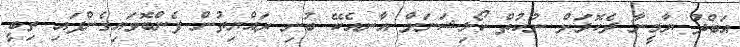
އަބްދު ޔާމީނާ ދެކޮޅަށް ނުކުތް ކޯލިޝަނަށް އާނއެކޭ ބުނި ރައްޔިތުން ފެންބޮވައިގެންފައި ތިބީ